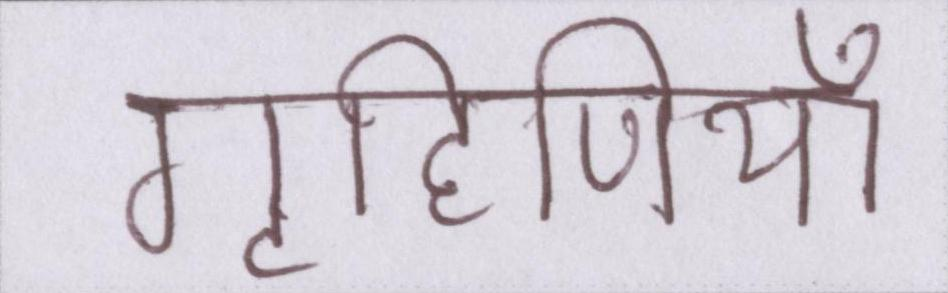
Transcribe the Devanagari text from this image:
गृहिणियाँ